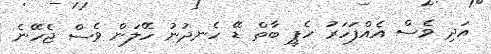
އަދި ވެސް އެއްފަހަރު ހެޕީ ބާތް ޑޭ ހެނދުނު ހޭލަން ވެސް ޖެހޭނެ